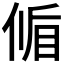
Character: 𬾱